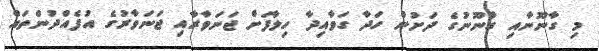
މި ގާނޫނާއި ގާނޫނުގެ ދަށުން ހަދާ ގަވާއިދާ ހިލާފަށް ޖަނަވާރާއި ޖަނަވާރުގެ އުފެއްދުންތައް